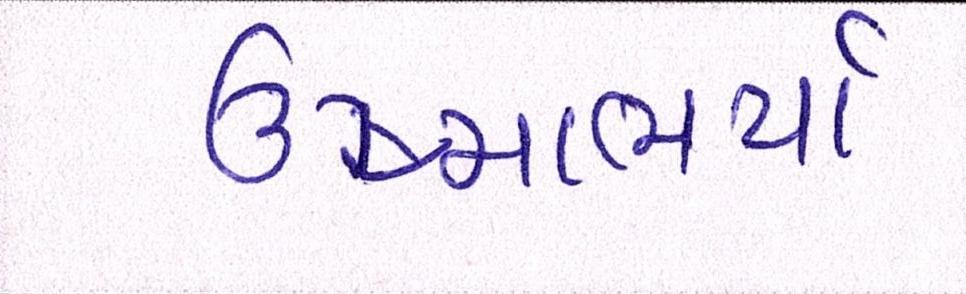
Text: ઉષ્માભર્યાં